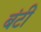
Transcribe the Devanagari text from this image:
बंटीं